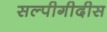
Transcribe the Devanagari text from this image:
सल्पीगीदीस